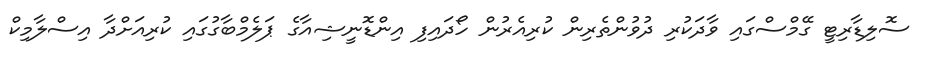
ސޮލިޑާރިޓީ ގޭމްސްގައި ވާދަކުރި ދުވުންތެރިން ކުރިއެރުން ހޯދައިފި އިންޑޮނީޝިއާގެ ޕަލެމްބާގުގައި ކުރިއަށްދާ އިސްލާމިކް